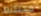
محتجزون